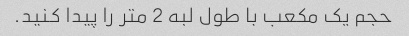
حجم یک مکعب با طول لبه 2 متر را پیدا کنید.